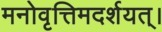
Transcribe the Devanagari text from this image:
मनोवृत्तिमदर्शयत्।